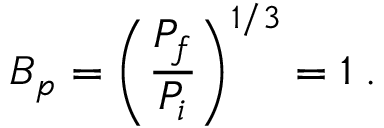
B _ { p } = \left( \frac { P _ { f } } { P _ { i } } \right) ^ { 1 / 3 } = 1 \; .